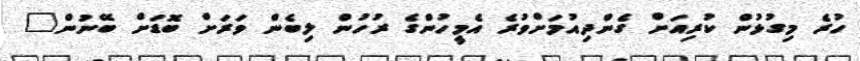
ހުރެ މިގުޅުން ކުރިއަށް ގެންދިއުމަށްވުރެ އެމީހުންގެ ރުހުން ލިބެން ވަރަށް ބޮޑަށް ބޭނުން"